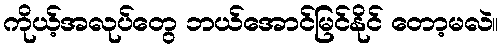
ကိုယ့်အလုပ်တွေ ဘယ်အောင်မြင်နိုင် တော့မလဲ။